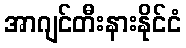
အာဂျင်တီးနားနိုင်ငံ